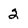
Character: 2